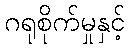
ဂရုစိုက်မှုနှင့်